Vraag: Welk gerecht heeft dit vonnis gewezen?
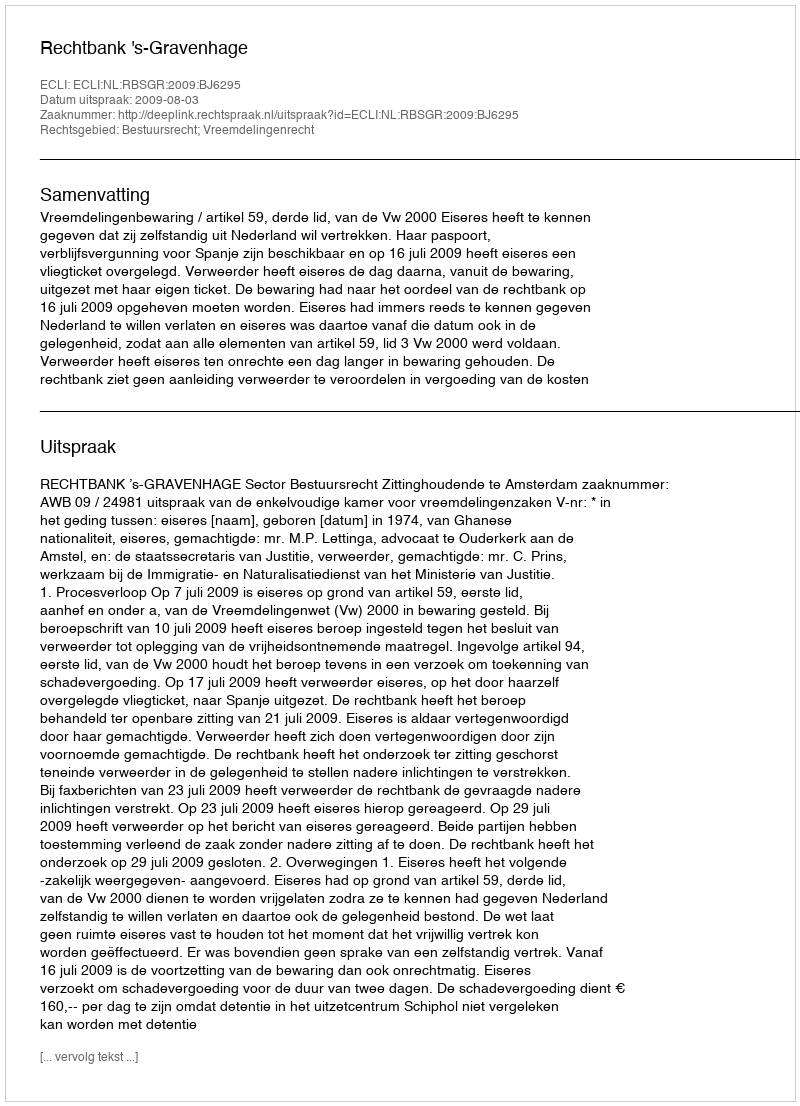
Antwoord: Rechtbank 's-Gravenhage